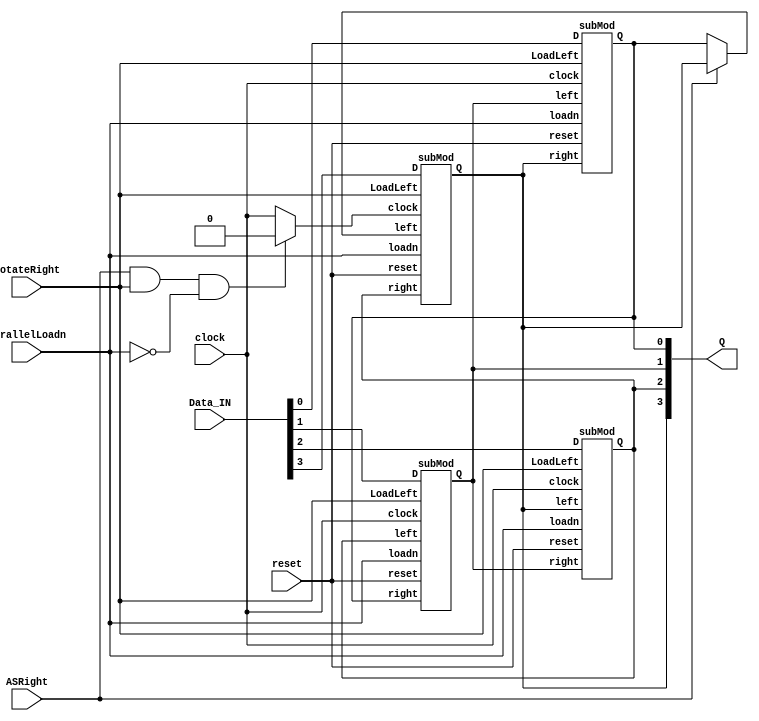
//reset is active if 1
module part3(clock, reset, ParallelLoadn, RotateRight, ASRight, Data_IN, Q);
	input clock, reset, ParallelLoadn, RotateRight, ASRight;
	input [3:0] Data_IN;
	output [3:0] Q;
	
	reg mux3out, clk3;
	wire mux3out_wire, clk3_wire;
	
	//sub modules
	subMod subMod0(.clock(clock), .reset(reset), .LoadLeft(RotateRight), 
		.loadn(ParallelLoadn), .D(Data_IN[0]), .Q(Q[0]), .left(Q[1]), .right(Q[3]));

	subMod subMod1(.clock(clock), .reset(reset), .LoadLeft(RotateRight),
		.loadn(ParallelLoadn), .D(Data_IN[1]), .Q(Q[1]), .left(Q[2]), .right(Q[0]));

	subMod subMod2(.clock(clock), .reset(reset), .LoadLeft(RotateRight),
		.loadn(ParallelLoadn), .D(Data_IN[2]), .Q(Q[2]), .left(Q[3]), .right(Q[1]));

	subMod subMod3(.clock(clk3), .reset(reset), .LoadLeft(RotateRight),
		.loadn(ParallelLoadn), .D(Data_IN[3]), .Q(Q[3]), .left(mux3out), .right(Q[2]));

	//mux3
	always @(*) begin 
		if(ASRight) mux3out = Q[3];
		else mux3out = Q[0];

		if(ASRight & RotateRight & ~ParallelLoadn) clk3 = 1'b0;
		else clk3 = clock;	
	end
	assign mux3out_wire = mux3out;
	assign clk3_wire = clk3;
endmodule

//for demo
module part3board(KEY, SW, HEX0, HEX4, LEDR);
	input [1:0] KEY;
	input [9:0] SW;
	output [6:0] HEX0, HEX4;
	output [3:0] LEDR;

	part3 U1(KEY[0], KEY[1], SW[9], SW[8], SW[7], SW[3:0], LEDR[3:0]);
	hex H0(SW[3:0], HEX0);
	hex H4(LEDR[3:0], HEX4);
endmodule	
	

module subMod(left, LoadLeft, D, loadn, Q, right, reset, clock);
	input left, right, loadn, D, reset, clock, LoadLeft;
	output Q;
	
	reg reg0, reg1;
	DffP DFF1(clock, reset, reg1, Q);
	
	always @(*) begin //mux1
		if (~LoadLeft) reg0 = right;
		else reg0 = left;
	end

	always @(*) begin //mux2
		if(loadn) reg1 = reg0;
		else reg1 = D;
	end
endmodule


module DffP(clk, reset_b, d, q); //active high reset
	input wire clk;
	input wire reset_b;
	input wire  d;
	output reg  q;


	always@ ( posedge clk )
		begin
		if (reset_b) q <= 1'b0 ;
		else q <= d ;
	end
endmodule

module hex_decoder(c, display);
	input [3:0] c;
	output [6:0] display;
	
	wire c0, c1, c2, c3; //for the ease of typing (they are not wires)
	assign c0 = c[0];
	assign c1 = c[1];
	assign c2 = c[2];
	assign c3 = c[3];

	wire [6:0] inverted; //I messed up, everything is inverted

	assign inverted[0] = ~c2&~c0 | ~c3&c2&c0 | c2&c1 | c3&~c2&~c1 | c3&~c0 | ~c3&c1;
	assign inverted[1] = ~c3&~c1&~c0 | ~c2&~c1 | ~c2&~c0 | ~c3&c1&c0 | c3&~c1&c0;
	assign inverted[2] = ~c2&~c1 | ~c2&c0 | ~c1&c0 | ~c3&c2 | c3&~c2;
	assign inverted[3] = ~c3&~c2&~c0 | ~c2&c1&c0 | c2&~c1&c0 | c2&c1&~c0 | c3&~c1;
	assign inverted[4] = ~c2&~c0 | c1&~c0 | c3&c1 |c3&c2;
	assign inverted[5] = ~c1&~c0 | ~c3&c2&~c1 | c2&~c0 | c3&~c2 | c3&c1;
	assign inverted[6] = ~c2&c1 | c1&~c0 | ~c3&c2&~c1 | c3&~c2 | c3&c0;
	
	assign display = ~inverted;

endmodule

//*********for testing*************************************
module hex(SW, HEX);
	input [3:0] SW;
	output [6:0] HEX;
	hex_decoder H1(SW, HEX);	
endmodule